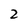
Character: 2